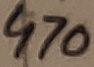
Text: 470